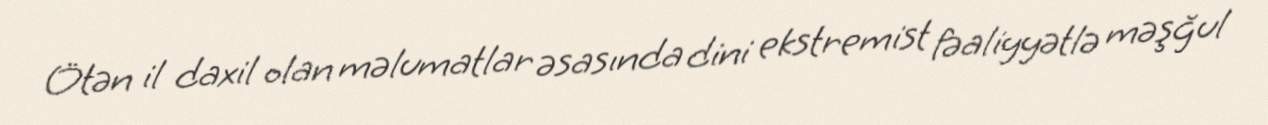
Ötən il daxil olan məlumatlar əsasında dini ekstremist fəaliyyətlə məşğul